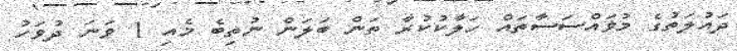
ދައުލަތުގެ މުޥައްސަސާތައް ހަލާކުކުރާ ތަން ބަލަން ނުތިބެ މެއި 1 ވަނަ ދުވަހު